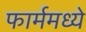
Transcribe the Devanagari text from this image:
फार्ममध्ये